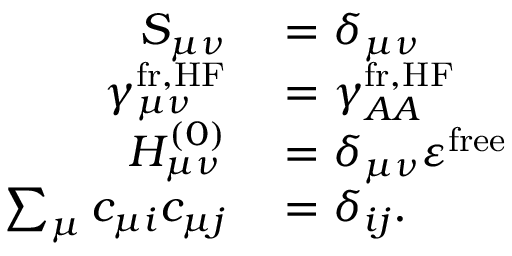
\begin{array} { r l } { S _ { \mu \nu } } & { { } = \delta _ { \mu \nu } } \\ { \gamma _ { \mu \nu } ^ { \mathrm { f r , H F } } } & { { } = \gamma _ { A A } ^ { \mathrm { f r , H F } } } \\ { H _ { \mu \nu } ^ { ( 0 ) } } & { { } = \delta _ { \mu \nu } \varepsilon ^ { \mathrm { f r e e } } } \\ { \sum _ { \mu } c _ { \mu i } c _ { \mu j } } & { { } = \delta _ { i j } . } \end{array}